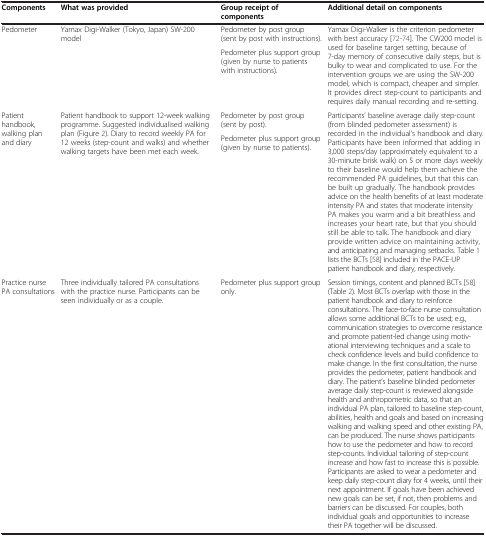
<table><thead><tr><td><b>Components</b></td><td><b>What was provided</b></td><td><b>Group receipt of components</b></td><td><b>Additional detail on components</b></td></tr></thead><tbody><tr><td rowspan="2">Pedometer</td><td rowspan="2">Yamax Digi-Walker (Tokyo, Japan) SW-200 model</td><td>Pedometer by post group (sent by post with instructions).</td><td rowspan="2">Yamax Digi-Walker is the criterion pedometer with best accuracy[72-74]. The CW200 model is used for baseline target setting, because of 7-day memory of consecutive daily steps, but is bulky to wear and complicated to use. For the intervention groups we are using the SW-200 model, which is compact, cheaper and simpler. It provides direct step-count to participants and requires daily manual recording and re-setting.</td></tr><tr><td>Pedometer plus support group (given by nurse to patients with instructions).</td></tr><tr><td rowspan="2">Patient handbook, walking plan and diary</td><td rowspan="2">Patient handbook to support 12-week walking programme. Suggested individualised walking plan (Figure 2). Diary to record weekly PA for 12 weeks (step-count and walks) and whether walking targets have been met each week.</td><td>Pedometer by post group (sent by post).</td><td rowspan="2">Participants’ baseline average daily step-count (from blinded pedometer assessment) is recorded in the individual’s handbook and diary. Participants have been informed that adding in 3,000 steps/day (approximately equivalent to a 30-minute brisk walk) on 5 or more days weekly to their baseline would help them achieve the recommended PA guidelines, but that this can be built up gradually. The handbook provides advice on the health benefits of at least moderate intensity PA and states that moderate intensity PA makes you warm and a bit breathless and increases your heart rate, but that you should still be able to talk. The handbook and diary provide written advice on maintaining activity, and anticipating and managing setbacks. Table 1 lists the BCTs[58] included in the PACE-UP patient handbook and diary, respectively.</td></tr><tr><td>Pedometer plus support group (given by nurse to patients).</td></tr><tr><td>Practice nurse PA consultations</td><td>Three individually tailored PA consultations with the practice nurse. Participants can be seen individually or as a couple.</td><td>Pedometer plus support group only.</td><td>Session timings, content and planned BCTs[58] (Table 2). Most BCTs overlap with those in the patient handbook and diary to reinforce consultations. The face-to-face nurse consultation allows some additional BCTs to be used; e.g., communication strategies to overcome resistance and promote patient-led change using motivational interviewing techniques and a scale to check confidence levels and build confidence to make change. In the first consultation, the nurse provides the pedometer, patient handbook and diary. The patient’s baseline blinded pedometer average daily step-count is reviewed alongside health and anthropometric data, so that an individual PA plan, tailored to baseline step-count, abilities, health and goals and based on increasing walking and walking speed and other existing PA, can be produced. The nurse shows participants how to use the pedometer and how to record step-counts. Individual tailoring of step-count increase and how fast to increase this is possible. Participants are asked to wear a pedometer and keep daily step-count diary for 4 weeks, until their next appointment. If goals have been achieved new goals can be set, if not, then problems and barriers can be discussed. For couples, both individual goals and opportunities to increase their PA together will be discussed.</td></tr></tbody></table>